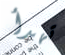
تهدأ